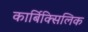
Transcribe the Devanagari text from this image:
कार्बिक्सिलिक